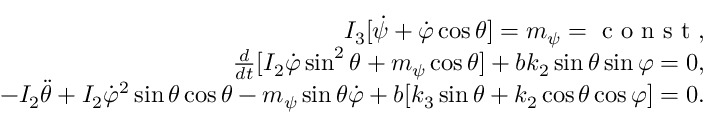
\begin{array} { r } { I _ { 3 } [ \dot { \psi } + \dot { \varphi } \cos \theta ] = m _ { \psi } = \mathrm { ~ c ~ o ~ n ~ s ~ t ~ } , } \\ { \frac { d } { d t } [ I _ { 2 } \dot { \varphi } \sin ^ { 2 } \theta + m _ { \psi } \cos \theta ] + b k _ { 2 } \sin \theta \sin \varphi = 0 , } \\ { - I _ { 2 } \ddot { \theta } + I _ { 2 } \dot { \varphi } ^ { 2 } \sin \theta \cos \theta - m _ { \psi } \sin \theta \dot { \varphi } + b [ k _ { 3 } \sin \theta + k _ { 2 } \cos \theta \cos \varphi ] = 0 . } \end{array}